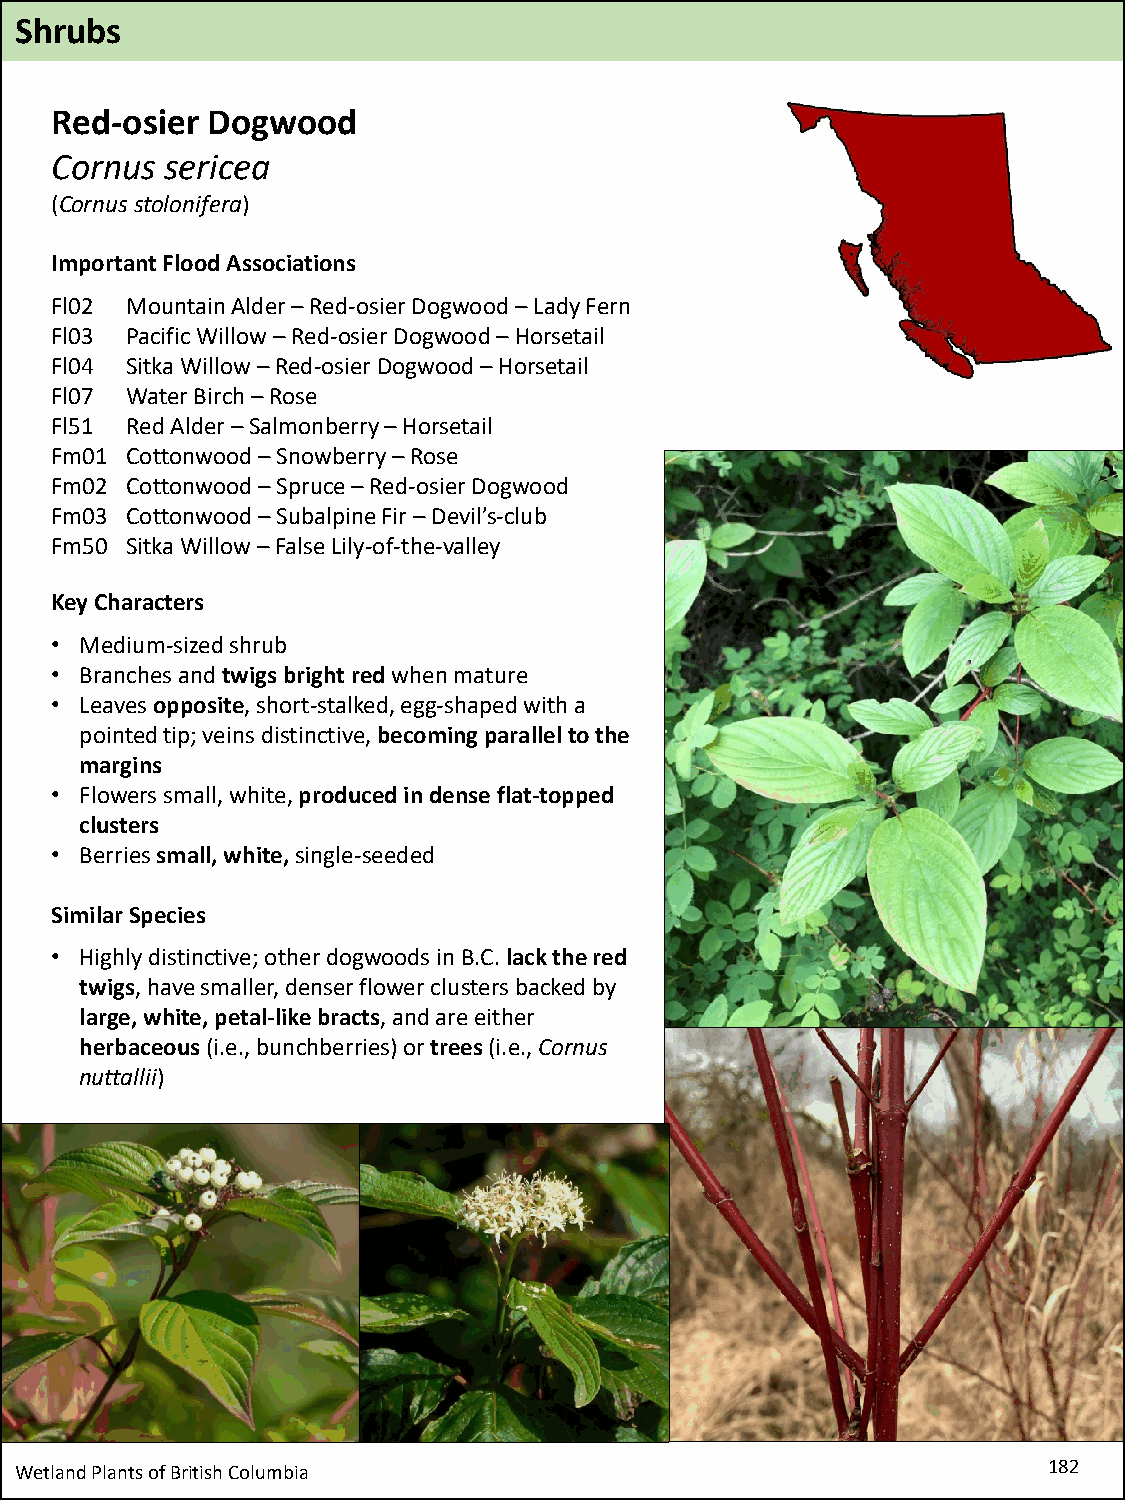
Shrubs
 Red-osier  Dogwood
 Cornus  sericea
 (Cornusstolonifera)
 Important Flood Associations
 Fl02 Mountain Alder –Red-osier Dogwood –Lady Fern
 Fl03 Pacific Willow –Red-osier Dogwood –Horsetail
 Fl04 Sitka Willow –Red-osier Dogwood –Horsetail
 Fl07 Water Birch –Rose
 Fl51 Red Alder –Salmonberry –Horsetail
 Fm01 Cottonwood –Snowberry –Rose
 Fm02 Cottonwood –Spruce –Red-osier Dogwood
 Fm03 Cottonwood –Subalpine Fir –Devil’s-club
 Fm50 Sitka Willow –False Lily-of-the-valley
 Key Characters
 • Medium-sized shrub
 • Branches and twigs bright red when mature
 • Leaves opposite, short-stalked, egg-shaped with a
 pointed tip; veins distinctive, becoming parallel to the
 margins
 • Flowers small, white, produced in dense flat-topped
 clusters
 • Berries small, white, single-seeded
 Similar Species
 • Highly distinctive; other dogwoods in B.C. lack the red
 twigs, have smaller, denser flower clusters backed by
 large, white, petal-like bracts, and are either
 herbaceous(i.e., bunchberries) or trees (i.e., Cornus
 nuttallii)
 Wetland Plants of British Columbia                                  182